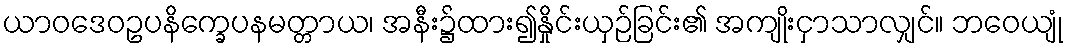
ယာဝဒေဝဥပနိက္ခေပနမတ္တာယ၊ အနီး၌ထား၍နှိုင်းယှဉ်ခြင်း၏ အကျိုးငှာသာလျှင်။ ဘဝေယျုံ